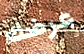
عرضك